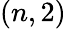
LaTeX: (n,2)